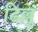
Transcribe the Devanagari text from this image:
ढिल्लु